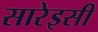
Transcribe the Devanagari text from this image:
सारेइसी